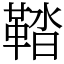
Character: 鞜